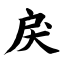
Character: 戾